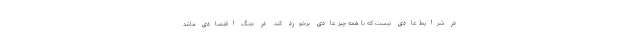
در شرایط عادی نیست که با همه چیز عادی برخورد کند. در جنگ اقتصادی مانند